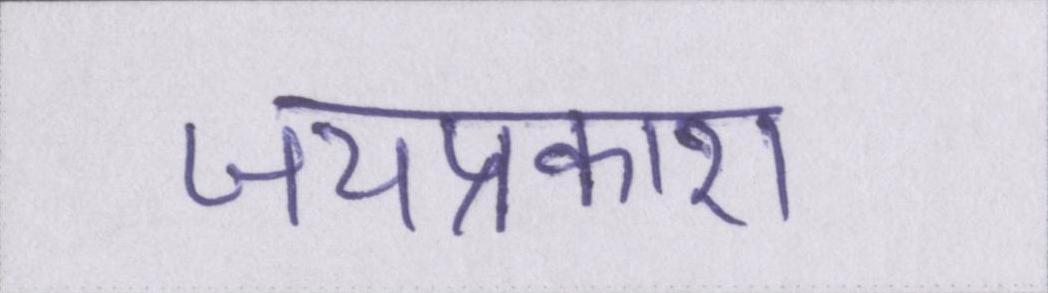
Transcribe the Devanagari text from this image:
जयप्रकाश